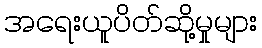
အရေးယူပိတ်ဆို့မှုများ